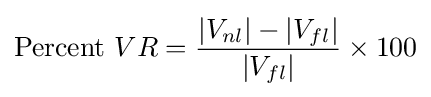
{\text{Percent }}VR={\frac {|V_{nl}|-|V_{fl}|}{|V_{fl}|}}\times 100